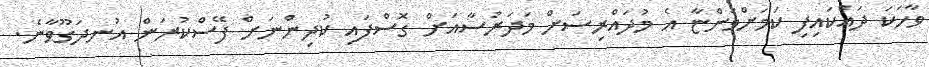
ވާހަކަ ދައްކައިފި ކަމަށްވަންޏާ އެ މުދައްރިސަށް މަދަރުސާއަށް ގޮސްފައި ކުދިންނަށް ފޭސްކުރަން އުނދަގޫވާނެ.